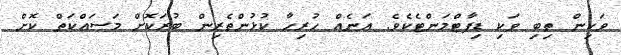
ވަކިން ތިބި ވަކި ޑިޕާޓްމަންޓެކެވެ. އަނެއް ހުރިހާ ކުޅުންތެރިން ބުރަކޮށް މަސައްކަތް ކޮށް